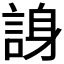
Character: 𬢭